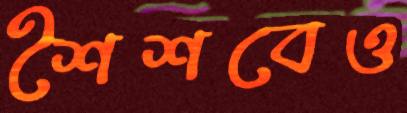
শৈশবেও